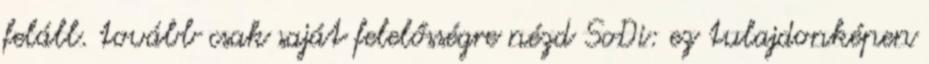
feláll. tovább csak saját felelősségre nézd SoDi: ez tulajdonképen